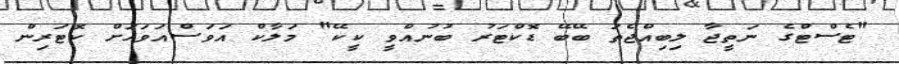
"ޓެސްޓްގެ ނަތީޖާ ލިބިއްޖެތަ ބޭބޭ ޑޮކްޓަރު ބުނުއްވީ ކީކޭ" މަލާކް އަވަސްއަވަހަށް ކޮޓަރިން